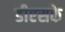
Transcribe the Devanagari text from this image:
डीएसके